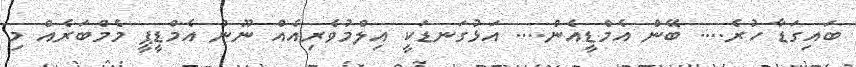
ބައިގަޑާ ހުރެ.... ބޭން އެމްޑީއެން.... އަޅުގަނޑަކީ އިލްމުވެރިއެއް ނޫން އެމްޑީޕީ މެމްބަރެއް މި